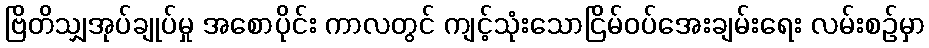
ဗြိတိသျှအုပ်ချုပ်မှု အစောပိုင်း ကာလတွင် ကျင့်သုံးသောငြိမ်ဝပ်အေးချမ်းရေး လမ်းစဉ်မှာ